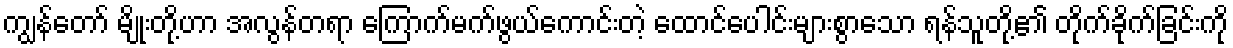
ကျွန်တော် မျိုးတို့ဟာ အလွန်တရာ ကြောက်မက်ဖွယ်ကောင်းတဲ့ ထောင်ပေါင်းများစွာသော ရန်သူတို့၏ တိုက်ခိုက်ခြင်းကို